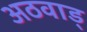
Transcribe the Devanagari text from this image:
अठवाड्